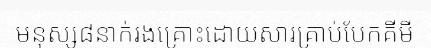
មនុស្ស៨នាក់រងគ្រោះដោយសារគ្រាប់បែកគីមី